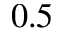
0 . 5